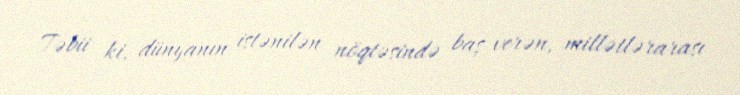
Təbii ki, dünyanın istənilən nöqtəsində baş verən, millətlərarası